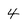
Character: 4